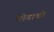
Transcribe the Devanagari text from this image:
शिडाची